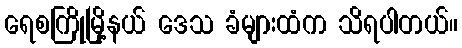
ရေစကြိုမြို့နယ် ဒေသ ခံများထံက သိရပါတယ်။